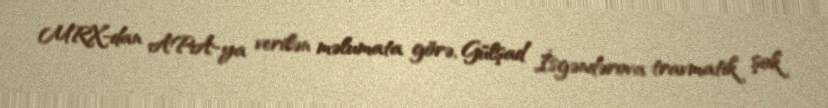
MRX-dan APA-ya verilən məlumata görə, Gülşad İsgəndərova travmatik şok